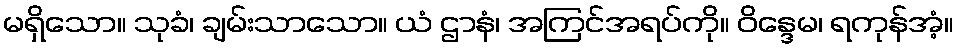
မရှိသော။ သုခံ၊ ချမ်းသာသော။ ယံ ဌာနံ၊ အကြင်အရပ်ကို။ ဝိန္ဒေမ၊ ရကုန်အံ့။